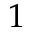
1